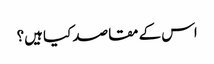
اس کے مقاصد کیا ہیں؟